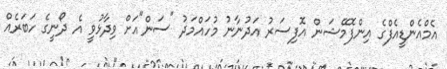
އެމްއެންޑީއެފްގެ އިންފޮމޭޝަން އޮފިސަރު އަދުނާނު މުހައްމަދު "ސަން"އަށް ވިދާޅުވީ އެ ދޯނީގެ ހަަބަރެއް